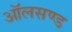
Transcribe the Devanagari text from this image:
ऑलसण्ड